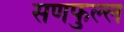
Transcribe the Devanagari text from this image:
सणफुल्ल